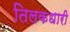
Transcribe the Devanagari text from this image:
तिलकधारी